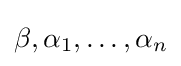
\beta ,\alpha _{1},\ldots ,\alpha _{n}